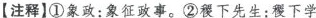
【注释】①象政：象征政事。②稷下先生：稷下学